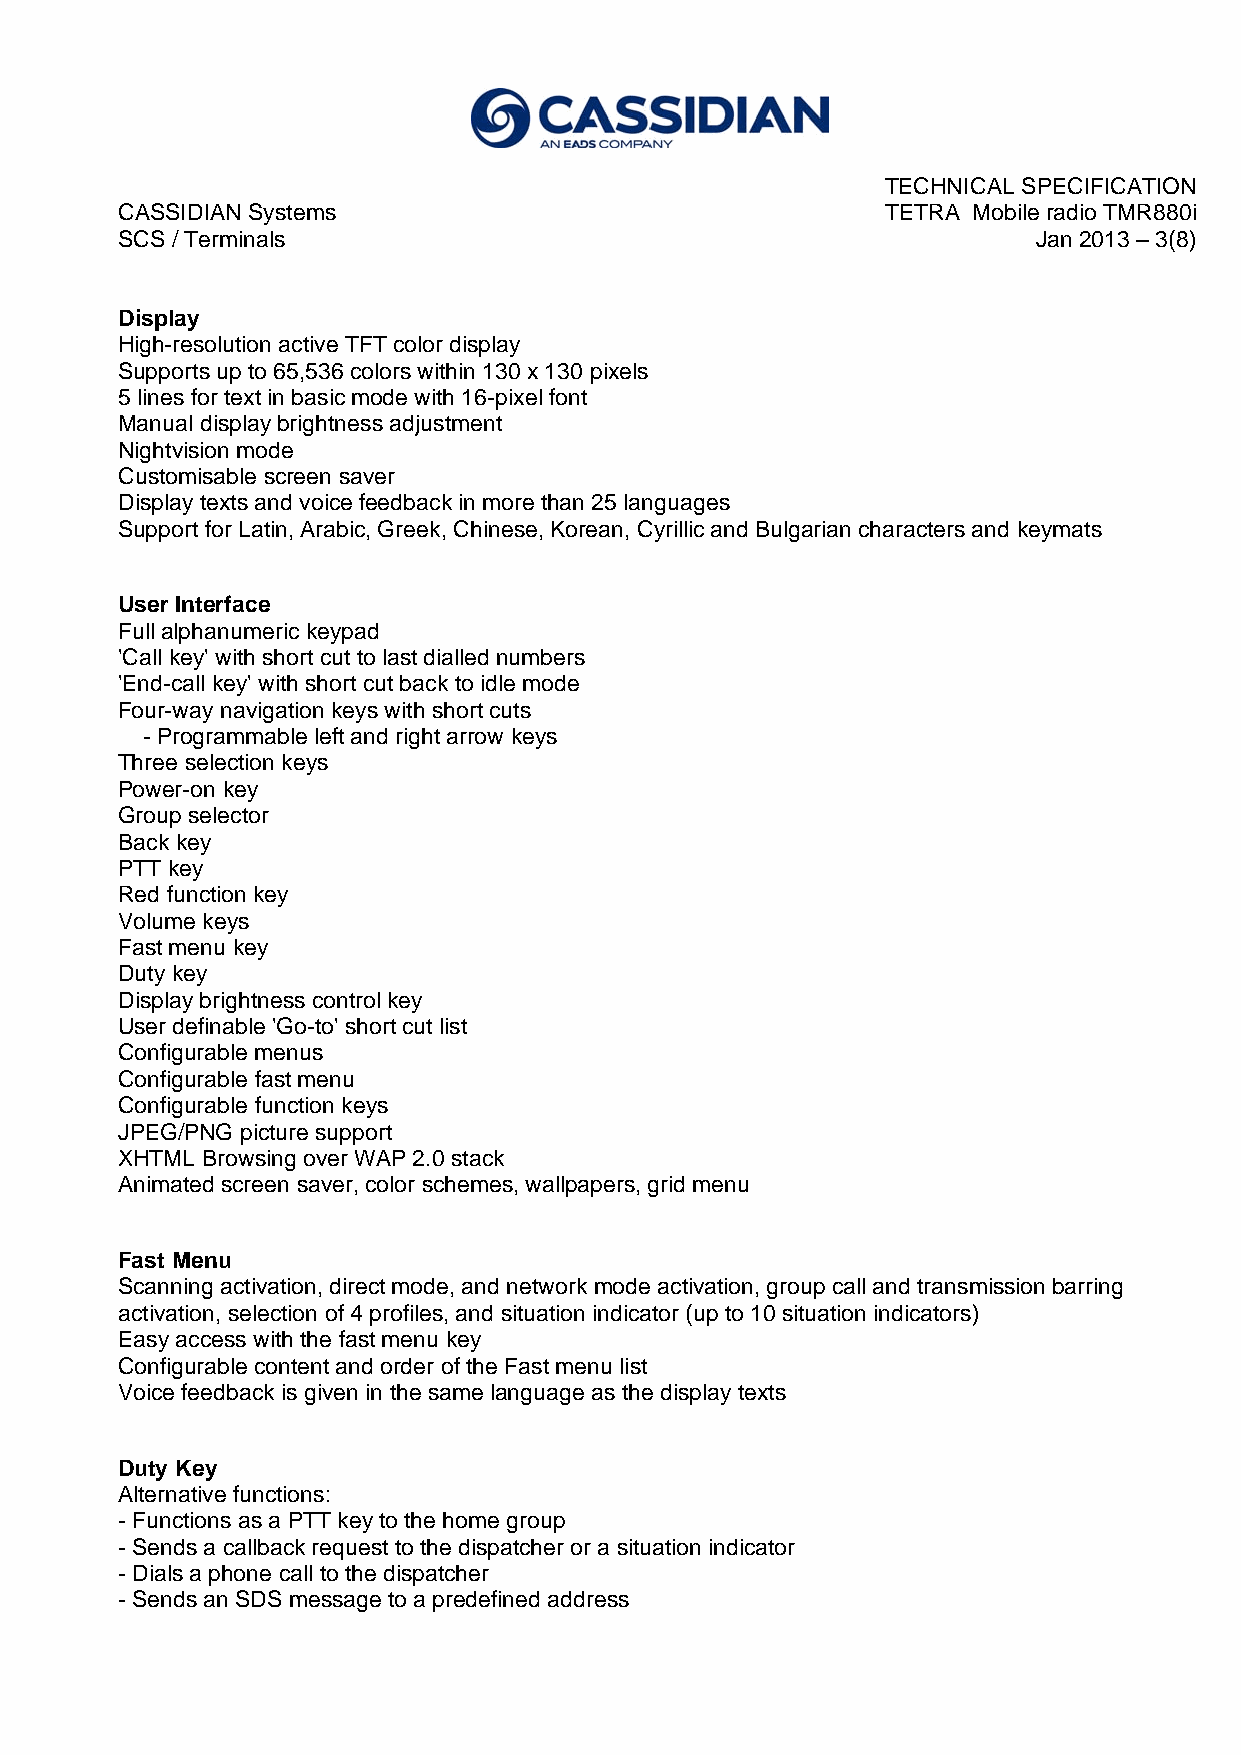
TECHNICAL SPECIFICATION
 CASSIDIAN Systems                                  TETRA Mobile radio TMR880i
 SCS / Terminals                                              Jan 2013 – 3(8)
 Display
 High-resolution active TFT color display
 Supports up to 65,536 colors within 130 x 130 pixels
 5 lines for text in basic mode with 16-pixel font
 Manual display brightness adjustment
 Nightvision mode
 Customisable screen saver
 Display texts and voice feedback in more than 25 languages
 Support for Latin, Arabic, Greek, Chinese, Korean, Cyrillic and Bulgarian characters and keymats
 User Interface
 Full alphanumeric keypad
 'Call key' with short cut to last dialled numbers
 'End-call key' with short cut back to idle mode
 Four-way navigation keys with short cuts
 - Programmable left and right arrow keys
 Three selection keys
 Power-on key
 Group selector
 Back key
 PTT key
 Red function key
 Volume keys
 Fast menu key
 Duty key
 Display brightness control key
 User definable 'Go-to' short cut list
 Configurable menus
 Configurable fast menu
 Configurable function keys
 JPEG/PNG picture support
 XHTML Browsing over WAP 2.0 stack
 Animated screen saver, color schemes, wallpapers, grid menu
 Fast Menu
 Scanning activation, direct mode, and network mode activation, group call and transmission barring
 activation, selection of 4 profiles, and situation indicator (up to 10 situation indicators)
 Easy access with the fast menu key
 Configurable content and order of the Fast menu list
 Voice feedback is given in the same language as the display texts
 Duty Key
 Alternative functions:
 - Functions as a PTT key to the home group
 - Sends a callback request to the dispatcher or a situation indicator
 - Dials a phone call to the dispatcher
 - Sends an SDS message to a predefined address